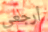
أرجعي